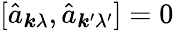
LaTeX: [\hat{a}_{\boldsymbol{k}\lambda},\hat{a}_{\boldsymbol{k}^{\prime}\lambda^{\prime}}]=0